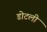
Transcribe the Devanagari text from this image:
डोटली